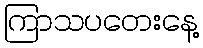
ကြာသပတေးနေ့